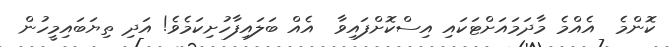
ކޮންމެ  އެއްމެ މާދަމައަށްޓަކައި އިސްކޮށްފައިވާ  އެއް ބަލައިފާހުށިކަމެވެ! އަދި ތިޔަބައިމީހުން